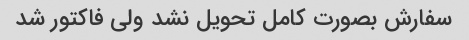
سفارش بصورت کامل تحویل نشد ولی فاکتور شد